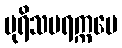
ပုရိသပရက္ကမေ